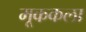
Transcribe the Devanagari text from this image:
मूककला